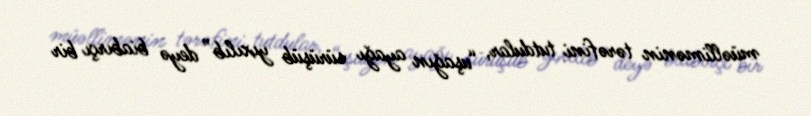
müəllimənin tərəfini tutdular, “uşağın ayağı sürüşüb yıxılıb” deyə biabırçı bir